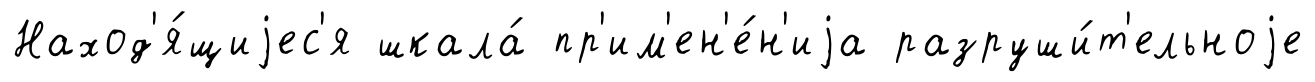
Наход'я́щиjес'я шкала́ пр'им'ен'е́н'иjа разруши́т'ельноjе